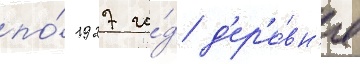
по́ 1927 го́д д'ер'е́вн'я